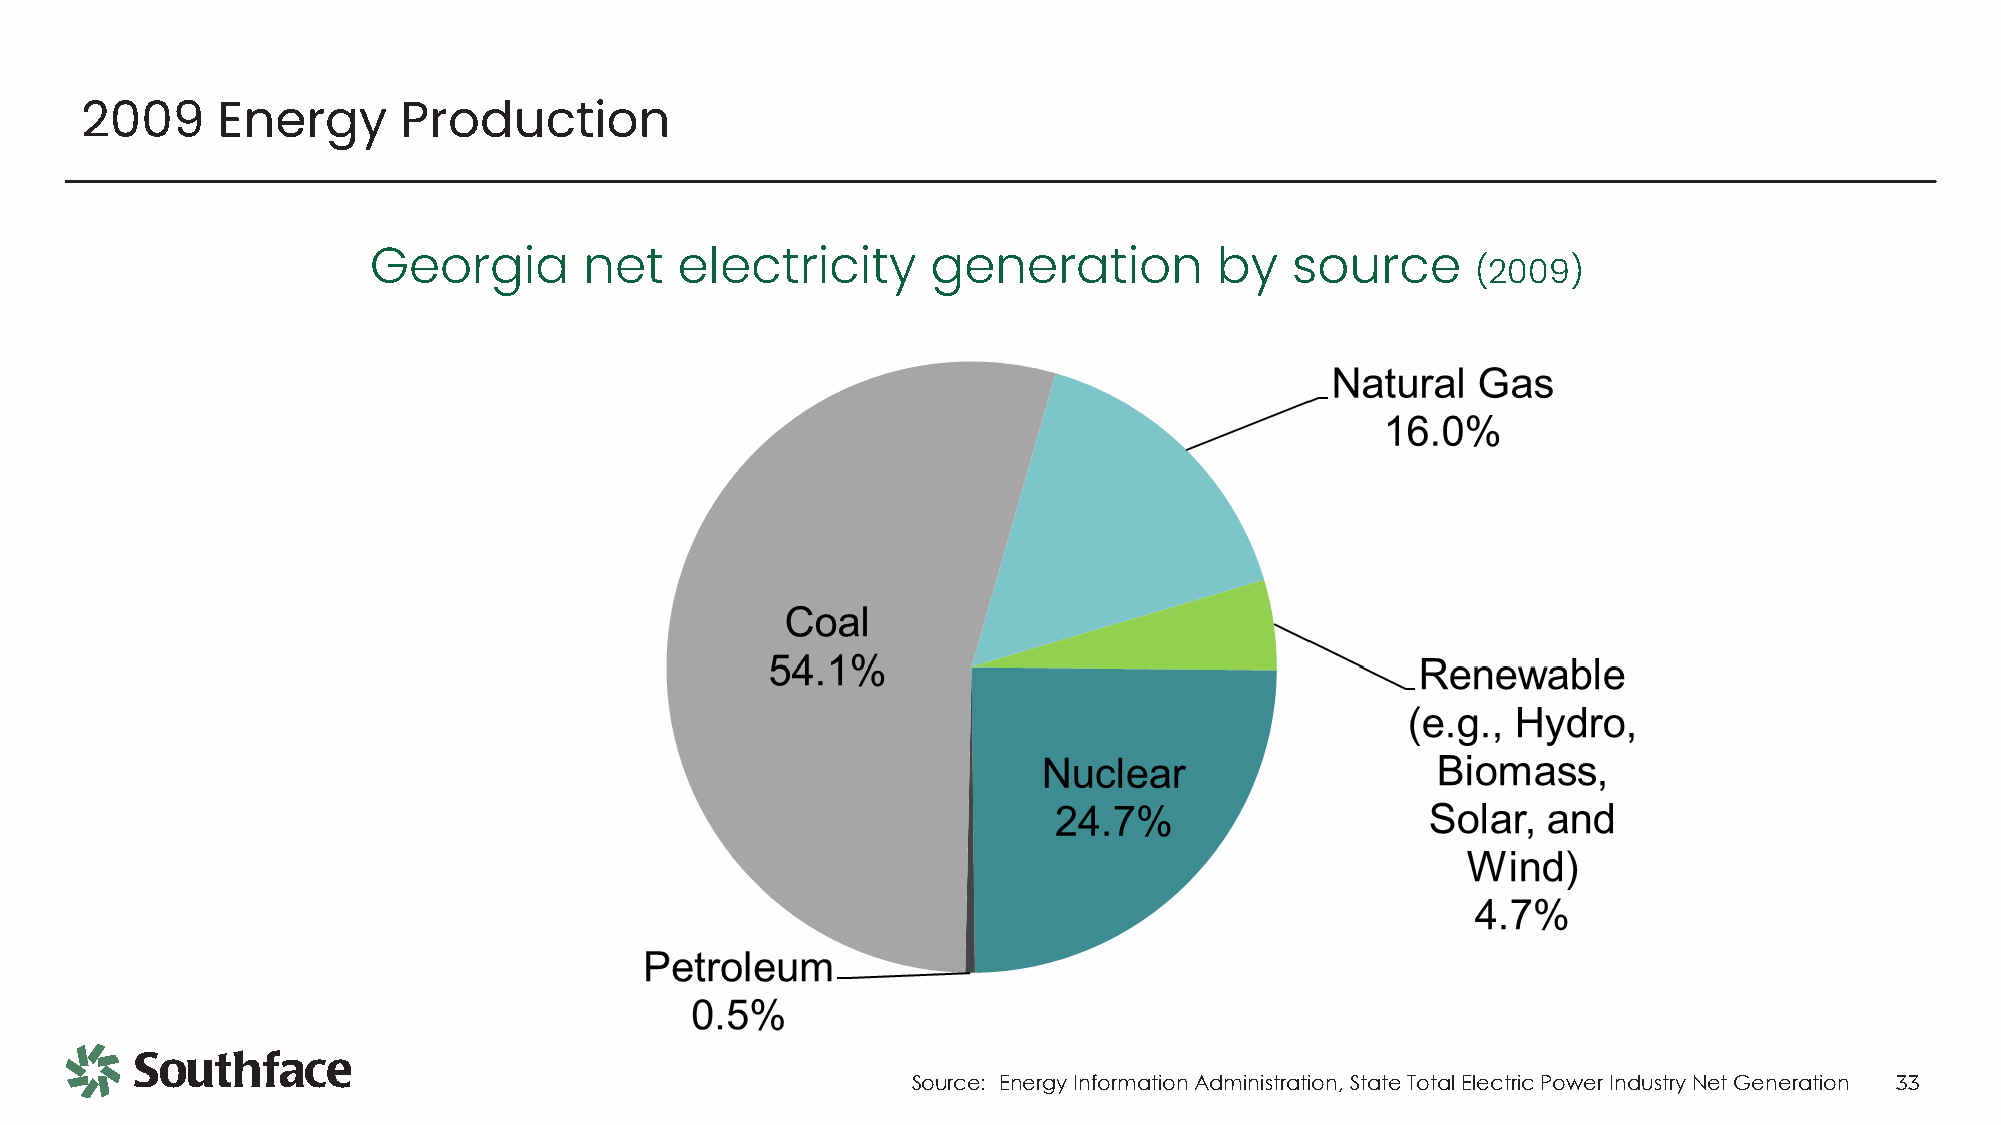
2009     Energy      Production
 Georgia        net   electricity      generation         by  source
 (2009)
 Source: Energy Information Administration, State Total Electric Power Industry Net Generation 33